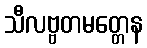
သီလဗ္ဗတမတ္တေန